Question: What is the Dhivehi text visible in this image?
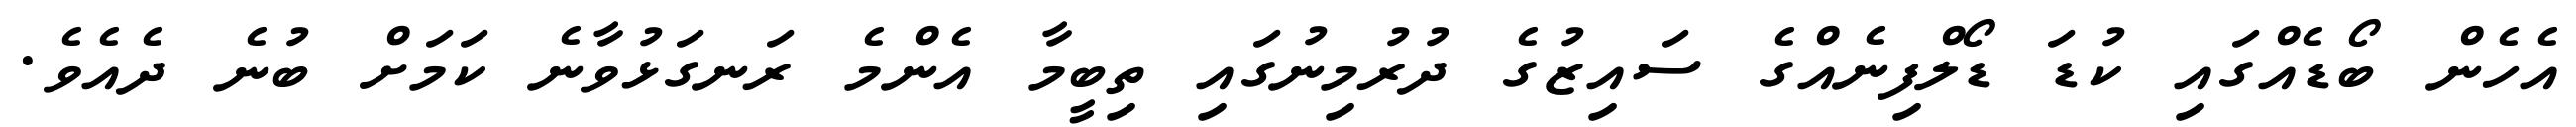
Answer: އެހެން ބޯޑެއްގައި ކުޑަ ޑޯލްފިނެއްގެ ސައިޒުގެ ދުރުމިނުގައި ތިބީމާ އެންމެ ރަނގަޅުވާނެ ކަމަށް ބުނެ ދެއެވެ.